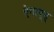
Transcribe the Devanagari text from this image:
ऐगाग्रूस्